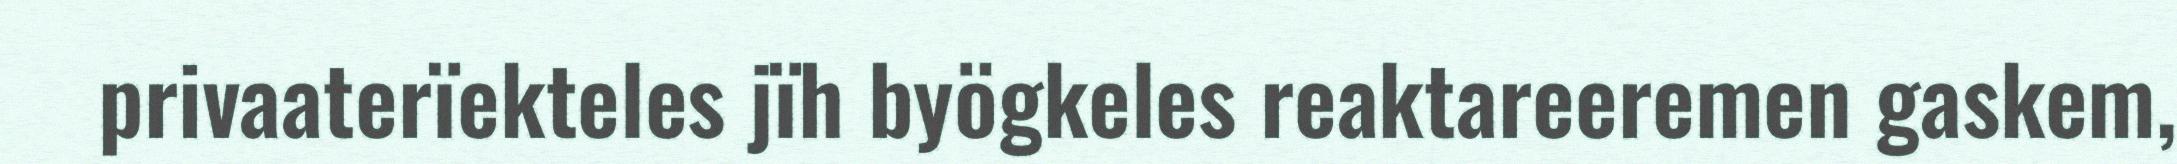
privaaterïekteles jïh byögkeles reaktareeremen gaskem,